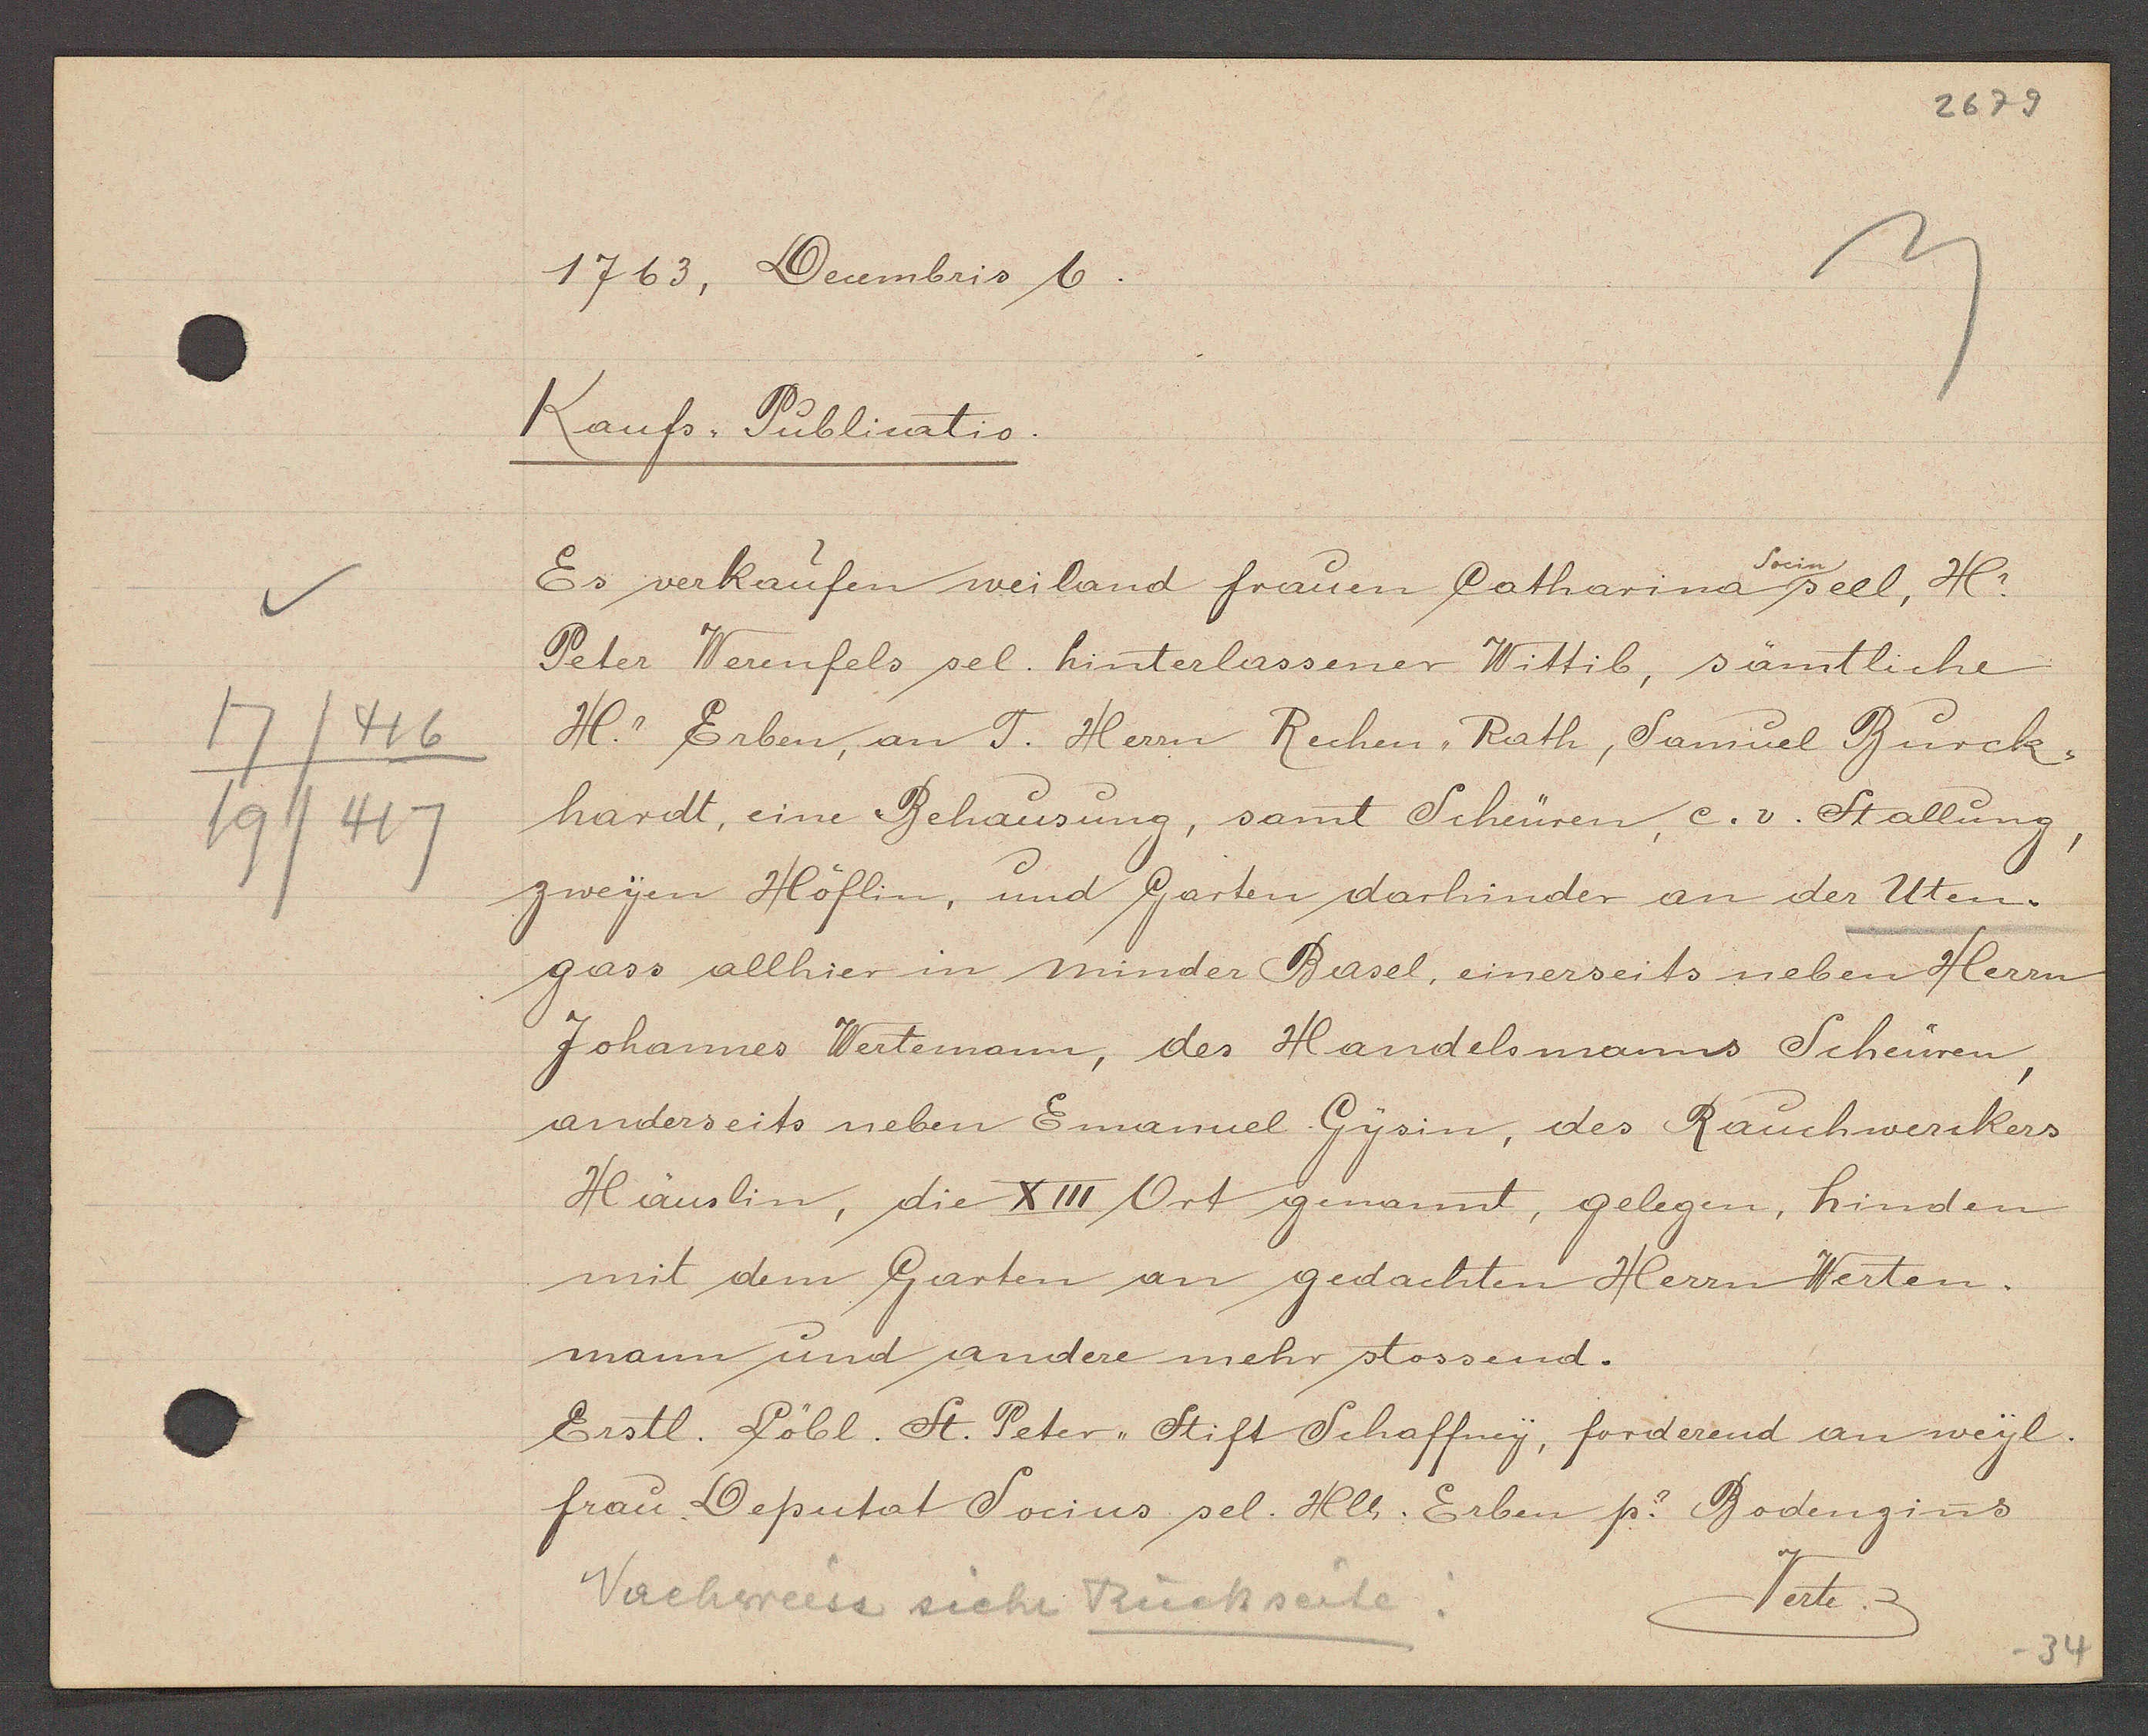
Transcript:
17/416
19/417

1763, Decembris 6

Kaufs. Publicatio.
Socin
Es verkaufen weiland frauen Catharina seel, Hr.
Peter Werenfels sel. hinterlassener Wittib, sämtliche
H. Erben, an T. Herrn Rechen¬ Rath, Samuel Burck¬
hardt, eine Behausung, samt Scheüren, e. v. Stallung,
zweyen Höflin, und Garten darhinder an der Uten¬
gass allhier in minder Basel, einerseits neben Herrn
Johannes Wertemann, des Handelsmanns Scheüren,
anderseits neben Emanuel Gysin, des Rauchwerckers
Häuslin, die XIII Ort genannt, gelegen, hinden
mit dem Garten an gedachten Herrn Werten.
mann und andere mehr stossend.
Eistl. Löbl. St. Peter, Stift Schaffney, forderend an weyl.
frau Deputat Socius sel. Hlt. Erben p. Bodenzins
Verte

Nachweiss siehe Rückseite